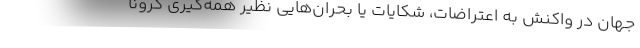
جهان در واکنش به اعتراضات، شکایات یا بحران‌هایی نظیر همه‌گیری کرونا